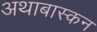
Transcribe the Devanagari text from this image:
अथाबास्कन